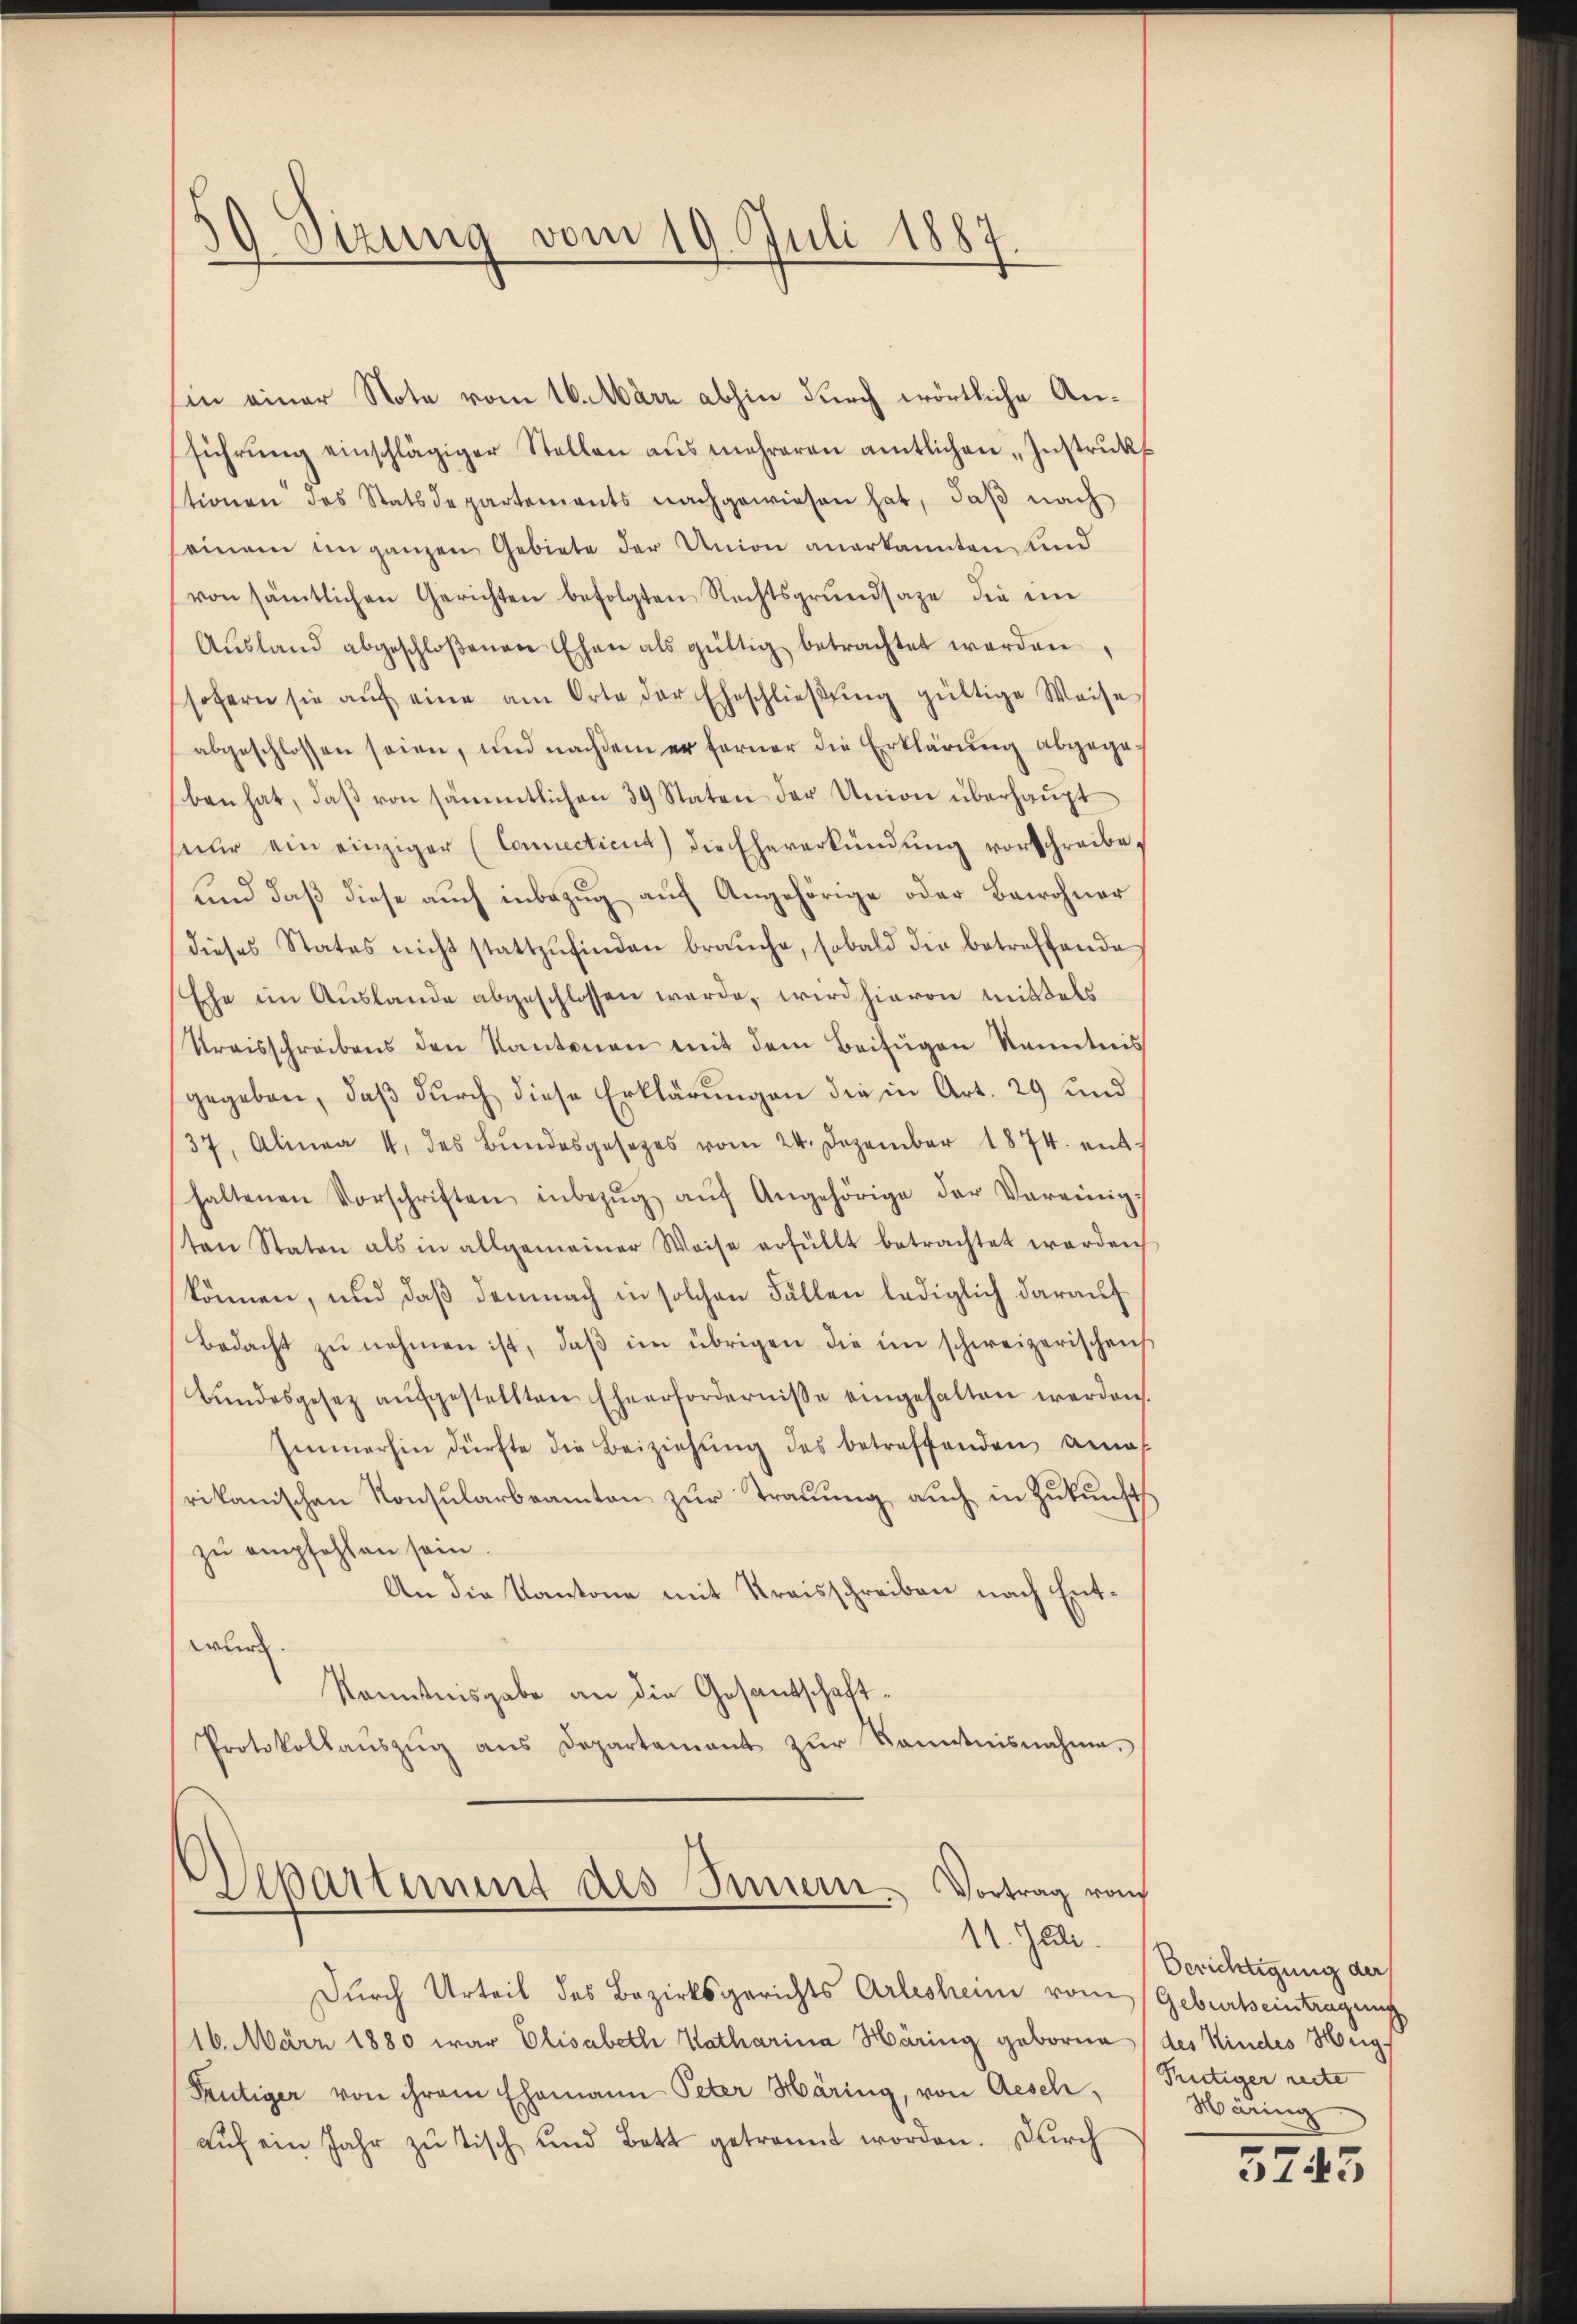
59. Sizung vom 19. Juli 1887

Departement des Innern. Vortrag von
11. Juli.

in einer Note vom 16. März abhin durch wörtliche Anführŭng einschlägiger Stellen aŭs mehreren amtlichen Instrŭkt
tionen des Statsdepartements nachgewiesen hat, daβ nach
seinem unganzen Gebiete der Union anerkannten und
von sämtlichen Gerichten befolgten Rechtsgrundsaze die im
Aŭsland abgeschloßenen Ehen als gültig betrachtet werden,
sofern sie aŭf eine am Orte der Eheschlieβŭng gültige Weise
abgeschlossen seien, und nachdem er ferner die Erklärŭng abgegeben hat, daβ von sämmtlichen 39 Staten der Union überhaŭpt
nŭr ein einziger (Connecticut) die Eheverkündŭng vorschreibe,
und daß diese auch inbezug auf Angehörige oder Bewohner
dieses Status nicht stattzŭfinden braŭche, sobald die betreffende
Ehe im Auslande abgeschlossen werde, wird hievon mittels
Kraisschreibens den Kantonen mit dem Beifügen kanntnis
gegeben, daβ dŭrch diese Erklärungen die in Art. 29 und
37, Alinea 4. des Bŭndesgesezes vom 24. Dezember 1874. ent
haltenen Vorschriften inbezŭg aŭf Angehörige der Vereinig-
ten Staten als in allgemeiner Weise erfüllt betrachtet werden
können, und daß demnach in solchen Fällen lediglich darauf
Bedacht zŭ nehmen ist, daβ im übrigen die im schweizerischen
Bŭndesgesez aŭfgestellten Eheerfordernisse eingehalten werden.
Immerhin dürfte die Beiziehung des betreffenden Anas
rikanischen Konsularbeamten zur Trauung auch in Zukunft
zu empfehlen sein.
An die Kantone mit Kreisschreiben nach Entwurde.
Kenntnisgabe an die Gesantschaft¬
Protokollaŭszŭg aŭs Departament zŭr Kenntnisnahme.

Durch Urteil des Bezirksgerichts Arlesheim vom Geburtseintragung
16. März 1880 war Elisabeth Katharina Häring geborne (des Kindes Heig¬
Seutiger von ihrem Ehemann Peter Häring, von Aesch,
aŭf ein Jahr zŭ tisch und Bett getrannt worden. Durch

Berichtigung der
Pertiger reche
Wäring

3245